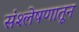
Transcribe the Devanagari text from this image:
संश्लेषणातून